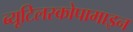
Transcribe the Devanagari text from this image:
ब्यूटिलस्कोपामाइन